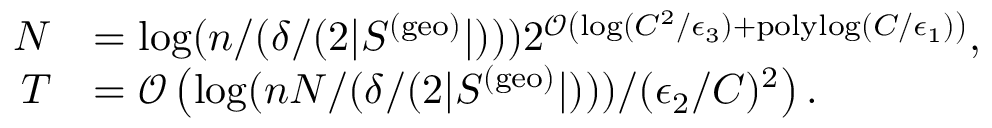
\begin{array} { r l } { N } & { = \log ( n / ( \delta / ( 2 | S ^ { ( \mathrm { g e o } ) } | ) ) ) 2 ^ { \mathcal { O } \left( \log ( C ^ { 2 } / \epsilon _ { 3 } ) + \mathrm { p o l y l o g } ( C / \epsilon _ { 1 } ) \right) } , } \\ { T } & { = \mathcal { O } \left( \log ( n N / ( \delta / ( 2 | S ^ { ( \mathrm { g e o } ) } | ) ) ) / ( \epsilon _ { 2 } / C ) ^ { 2 } \right) . } \end{array}